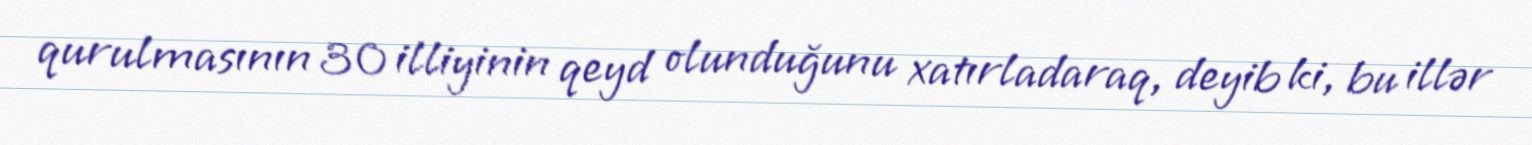
qurulmasının 30 illiyinin qeyd olunduğunu xatırladaraq, deyib ki, bu illər